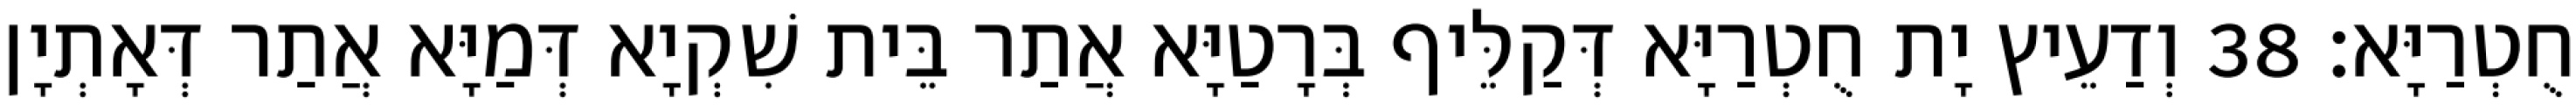
חֻטְרַיָּא׃ 38 וְדַעֵיץ יָת חֻטְרַיָּא דְּקַלֵּיף בְּרָטַיָּא אֲתַר בֵּית שִׁקְיָא דְּמַיָּא אֲתַר דְּאָתְיָן